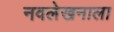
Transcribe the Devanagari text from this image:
नवलेखनाला